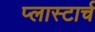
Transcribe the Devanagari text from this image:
प्लास्टार्च